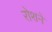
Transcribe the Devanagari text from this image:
रोशने